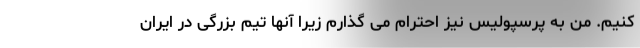
کنیم. من به پرسپولیس نیز احترام می گذارم زیرا آنها تیم بزرگی در ایران